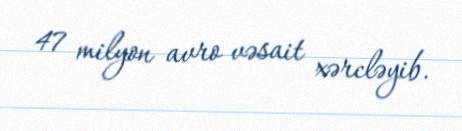
47 milyon avro vəsait xərcləyib.